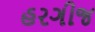
હરગીજ